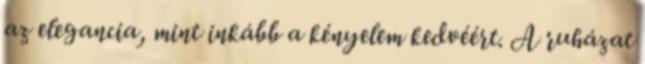
az elegancia, mint inkább a kényelem kedvéért. A ruházat